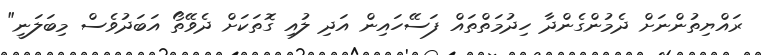
ރައްޔިތުންނަށް ދެމުންގެންދާ ހިދުމަތްތައް ފަސޭހައިން އަދި ލުއި ގޮތަކަށް ދެވޭތޯ އަބަދުވެސް މިބަލަނީ"